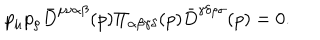
p _ { \mu } p _ { \rho } { \bar { D } } ^ { \mu \nu \alpha \beta } ( p ) \Pi _ { \alpha \beta \gamma \delta } ( p ) { \bar { D } } ^ { \gamma \delta \rho \sigma } ( p ) = 0 .